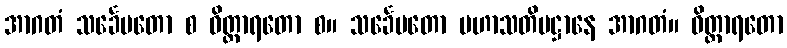
အာဂတံ သင်္ခေပတော စ ဝိတ္ထာရတော စ။ သင်္ခေပတော မဟာသတိပဋ္ဌာနေ အာဂတံ။ ဝိတ္ထာရတော